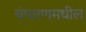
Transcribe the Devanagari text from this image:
चंपारणमधील